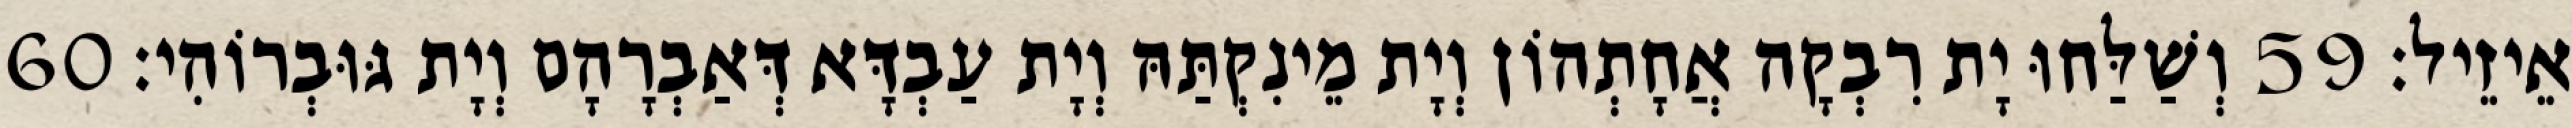
אֵיזֵיל׃ 59 וְשַׁלַּחוּ יָת רִבְקָה אֲחָתְהוֹן וְיָת מֵינִקְתַּהּ וְיָת עַבְדָּא דְּאַבְרָהָם וְיָת גּוּבְרוֹהִי׃ 60